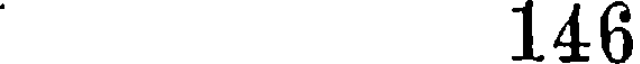
146